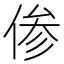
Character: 𫢺